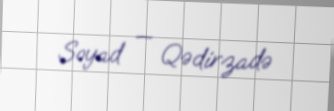
Soyad — Qədirzadə